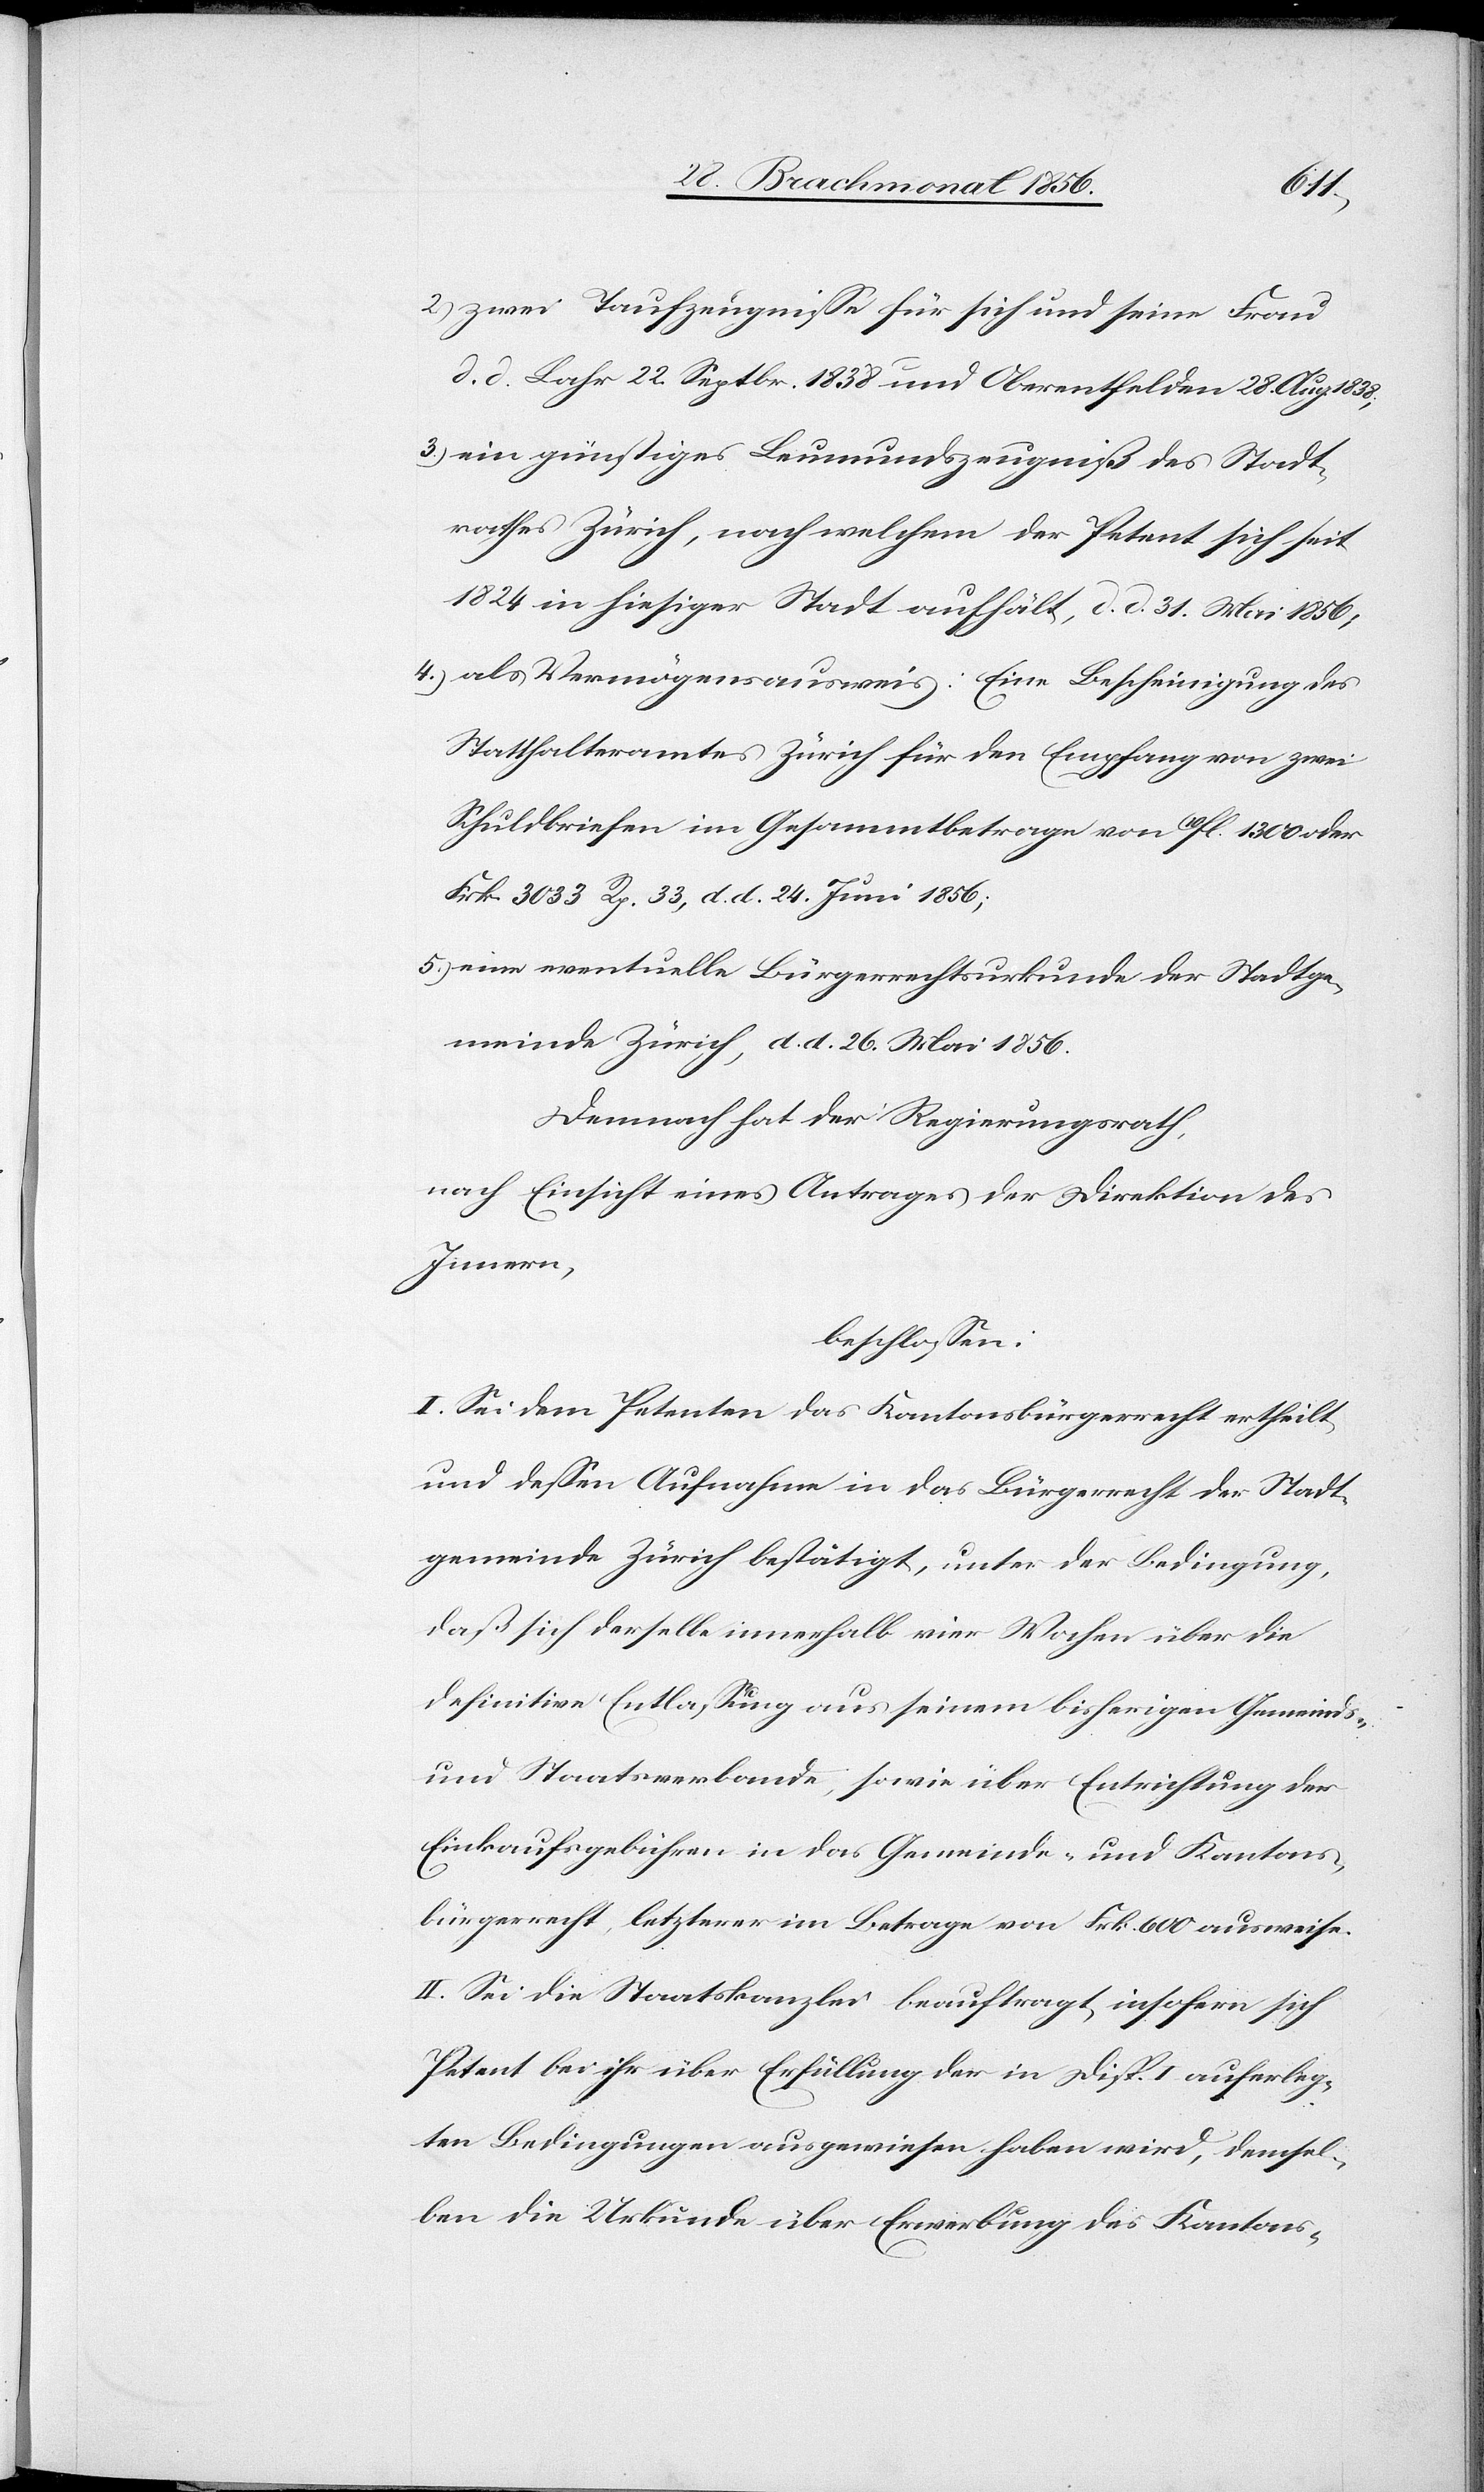
2.) zwei Taufzeugnisse für sich und seine Frau
d. d. Lahr 22. Septbr. 1838 und Oberentfelden 28. Aug.
3.) ein günstiges Leumundszeugniß des Stadt¬
rathes Zürich, nach welchem der Petent sich seit
1824 in hiesiger Stadt aufhält, d. d. 31. Mai 1856;
4.) als Vermögensausweis: Eine Bescheinigung des
Statthalteramtes Zürich für den Empfang von zwei
Schuldbriefen im Gesammtbetrage von 10fl. 1300 oder
Frk. 3033 Rp. 33, d. d. 24. Juni 1856;
5.) eine eventuelle Bürgerrechtsurkunde der Stadtge¬
meinde Zürich, d. d. 26. Mai 1856.
Demnach hat der Regierungsrath,
nach Einsicht eines Antrages der Direktion des
Innern,
beschlossen:
I. Sei dem Petenten das Kantonsbürgerrecht ertheilt
und dessen Aufnahme in das Bürgerrecht der Stadt¬
gemeinde Zürich bestätigt, unter der Bedingung,
daß sich derselbe innerhalb vier Wochen über die
definitive Entlassung aus seinem bisherigen Gemeinds-
und Staatsverbande, sowie über Entrichtung der
Einkaufsgebühren in das Gemeinde- und Kantons¬
bürgerrecht, letzterer im Betrage von Frk. 600 ausweise.
II. Sei die Staatskanzlei beauftragt, insofern sich
Petent bei ihr über Erfüllung der in Disp. I auferleg¬
ten Bedingungen ausgewiesen haben wird, demsel¬
ben die Urkunde über Erwerbung des Kantons-